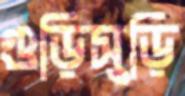
গুড়িসুড়ি